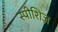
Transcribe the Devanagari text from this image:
स्पीशिज़